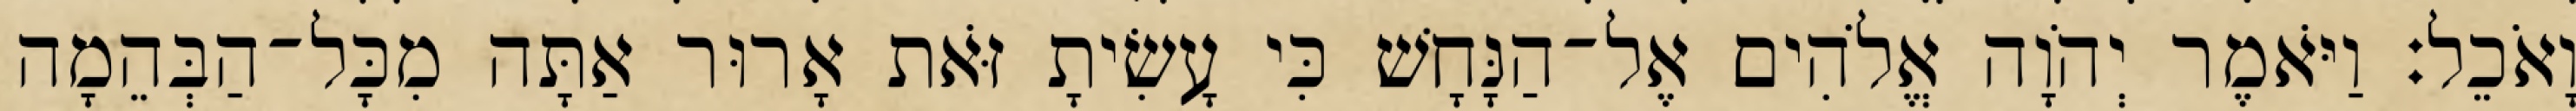
וָאֹכֵל׃ וַיֹּאמֶר יְהֹוָה אֱלֹהִים אֶל־הַנָּחָשׁ כִּי עָשִׂיתָ זֹּאת אָרוּר אַתָּה מִכָּל־הַבְּהֵמָה